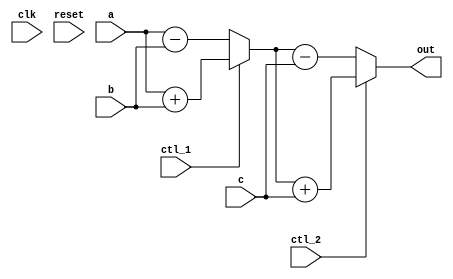
module spec(clk, reset, ctl_1, ctl_2, a, b, c, out);
 	output wire	[7:0]	out;

	input wire	clk, reset;
	input wire	ctl_1, ctl_2;
	input wire [7:0] a, b, c;

	wire [7:0] m = ctl_1 ? a + b : a - b;
	wire [7:0] n = ctl_2 ? m + c : m - c;
	assign out = n;
endmodule // mult